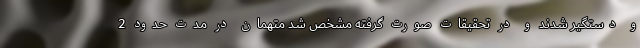
و دستگیر شدند و در تحقیقات صورت گرفته مشخص شد متهمان در مدت حدود 2